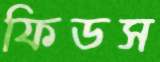
ফিডস